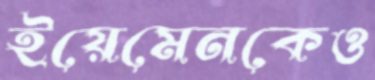
ইয়েমেনকেও